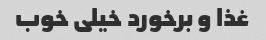
غذا و برخورد خیلی خوب